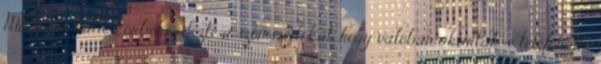
Másnap Katie körbekérdezte a szomszédokat, hogy valóban akartak-e telefonálni